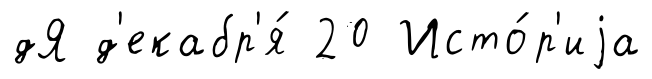
дЯ д'екабр'я́ 20 Исто́р'иjа